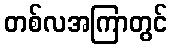
တစ်လအကြာတွင်